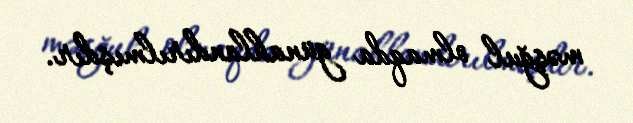
məşğul olmaqda günahlandırılmışdır.